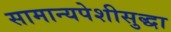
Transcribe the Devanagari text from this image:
सामान्यपेशीसुद्धा